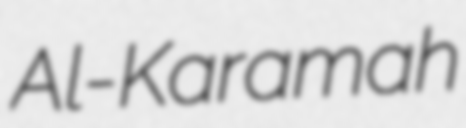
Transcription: Al-Karamah